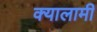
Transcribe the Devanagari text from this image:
क्यालामी